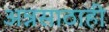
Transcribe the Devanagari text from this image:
अन्नसाठाही